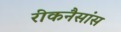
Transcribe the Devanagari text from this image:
रीकनैसांस